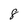
Character: 8